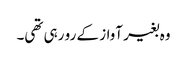
وہ بغیر آواز کے رو رہی تھی۔